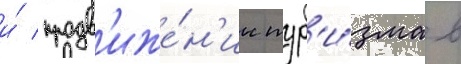
и́ продв'иже́н'ии тур'и́зма в